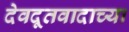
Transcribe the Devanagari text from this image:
देवदूतवादाच्या